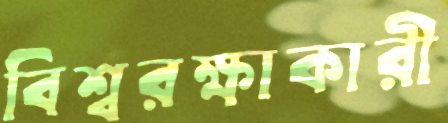
বিশ্বরক্ষাকারী